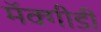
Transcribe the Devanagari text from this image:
मॅक्गीडी